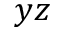
y z